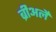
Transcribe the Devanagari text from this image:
ब्रीअर्ले